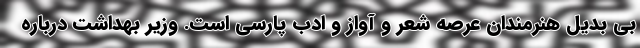
بی بدیل هنرمندان عرصه شعر و آواز و ادب پارسی است. وزیر بهداشت درباره